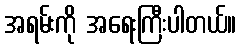
အရမ်းကို အရေးကြီးပါတယ်။